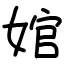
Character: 婠